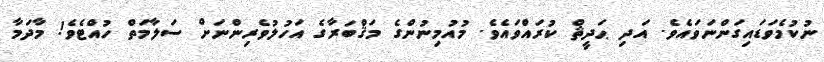
ނުކުމެވަޑައިގަންނަވައެވެ. އަދި ޙަދީޘް ކުރައްވައެވެ. މުއުމިނުންގެ މަޤްބަރާގެ އަހުލުވެރިންނަށް ސަލާމަތް ހުއްޓެވެ! މާދަމާ